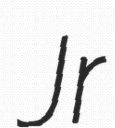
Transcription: Jr